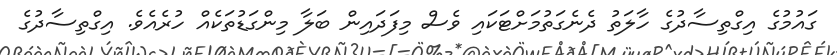
ގައުމުގެ އިގްތިސާދުގެ ހާލަތު ދެނެގަތުމަށްޓަކައި ވެސް މިފަދައިން ބަލާ މިންގަޑުތަކެއް ހުރެއެވެ. އިގްތިސާދުގެ